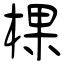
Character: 棵